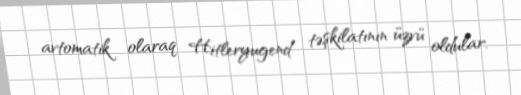
avtomatik olaraq Hitleryugend təşkilatının üzvü oldular.